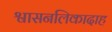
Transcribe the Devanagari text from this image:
श्वासनलिकादाह